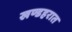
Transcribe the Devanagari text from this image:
खण्डहरात